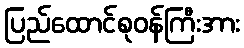
ပြည်ထောင်စုဝန်ကြီးအား